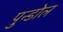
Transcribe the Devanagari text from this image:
पुन्डोल